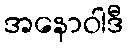
အနောဝါဒီ